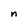
Character: n